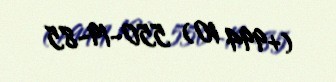
(+994 10) 550-19-85